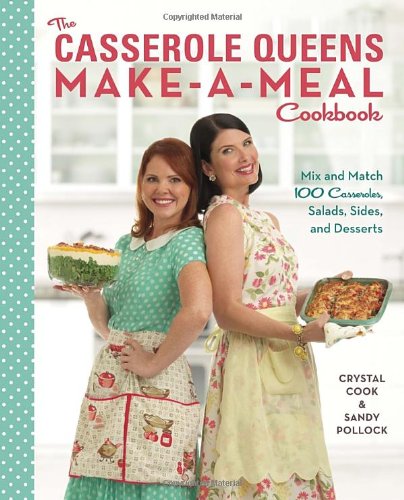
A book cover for The Casserole Queens Make-a-Meal Cookbook: Mix and Match 100 Casseroles, Salads, Sides, and Desserts; Crystal Cook; Cookbooks, Food & Wine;